system: You are a helpful assistant.
user:
Analyze the provided spectrum to determine if it is a **S-type Star**.

- **Key Indicators for S-type Star:**

    - **(Overall Spectrum Shape):** The first and most obvious characteristic is the overall continuum (the "baseline" shape). It is **extremely "red-sloping,"** meaning the flux (light intensity) is very low on the left side (blue, ~4000-4500 Å) and rises steeply and continuously toward the right side (red, ~7000 Å+).

    - **(Primary):** The spectrum is defined by the presence of strong, broad molecular absorption "valleys" (bands) from **Zirconium Oxide (ZrO)**. The identification of these bands is the **primary requirement** for classifying a star as S-type.
        - **(Key Bandheads):** You must find distinct, deep "dips" where the light has been absorbed. The most critical band systems to locate are:
            - **~6474 Å** ($\gamma$-system): This is often the strongest and clearest ZrO feature, found in the red part of the spectrum.
            - **~5718 Å** & **~5551 Å** ($\beta$-system): A pair of prominent absorption features in the yellow-orange part of the spectrum.
            - **~4640 Å** ($\alpha$-system): A key absorption band system in the blue-green region of the spectrum.

    - **(Secondary Confirmation):** The classification is strengthened by finding additional absorption bands from other related heavy element oxides, which are expected to be present alongside ZrO.
        - **(Key Bandheads):**
            - **Yttrium Oxide (YO):** Look for absorption dips near **~4800 Å** and **~6100 Å**.
            - **Lanthanum Oxide (LaO):** Additional absorption features, particularly in the red-orange part of the spectrum, are also characteristic.

    - **(Line Profile):** The combination of the steep red continuum and these numerous, deep molecular bands (ZrO, YO, etc.) gives the entire spectrum a very **"chopped-up"** or **"bumpy"** appearance. Instead of a smooth curve, the spectrum looks as though large, wide chunks of light have been "carved out" of it at the specific wavelengths listed above.

Think first, call **spectral_visualization_tool** if needed to examine features in detail, then provide your final answer. Your response must adhere to the following strict rules:
1.  **Overall Structure:** Your response must follow the format `<think>...</think> <tool_call>...</tool_call> (if a tool is used) <answer>...</answer>`.
2.  **Tool Usage Constraint:** You may only make **one** tool call per turn.
3.  **Final Answer Format:** In the `<answer>` tag, your conclusion must be inside a `\boxed{}` command (e.g., `\boxed{YES}` or `\boxed{NO}`), followed by your justification.

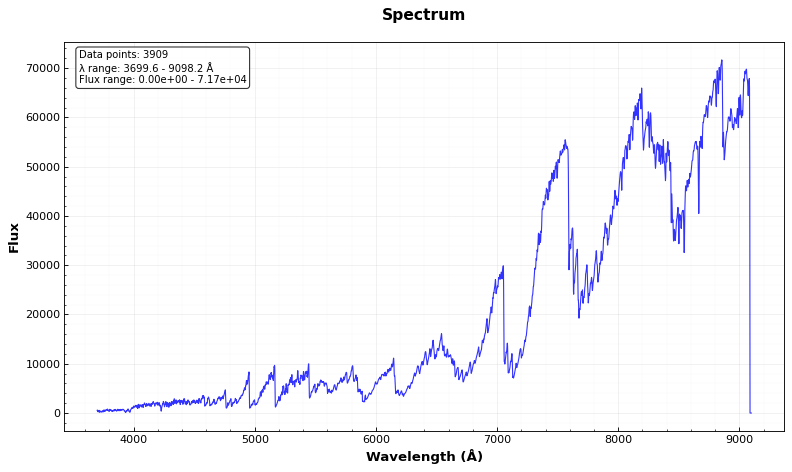
Answer: YES